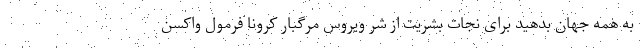
به همه جهان بدهید برای نجات بشریت از شر ویروس مرگبار کرونا فرمول واکسن